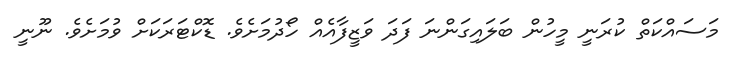
މަސައްކަތް ކުރަނީ މީހުން ބަލައިގަންނަ ފަދަ ވަޒީފާއެއް ހޯދުމަށެވެ. ޑޮކްޓަރަކަށް ވުމަށެވެ. ނޫނީ